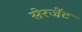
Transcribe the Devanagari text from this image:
सेरजेंट